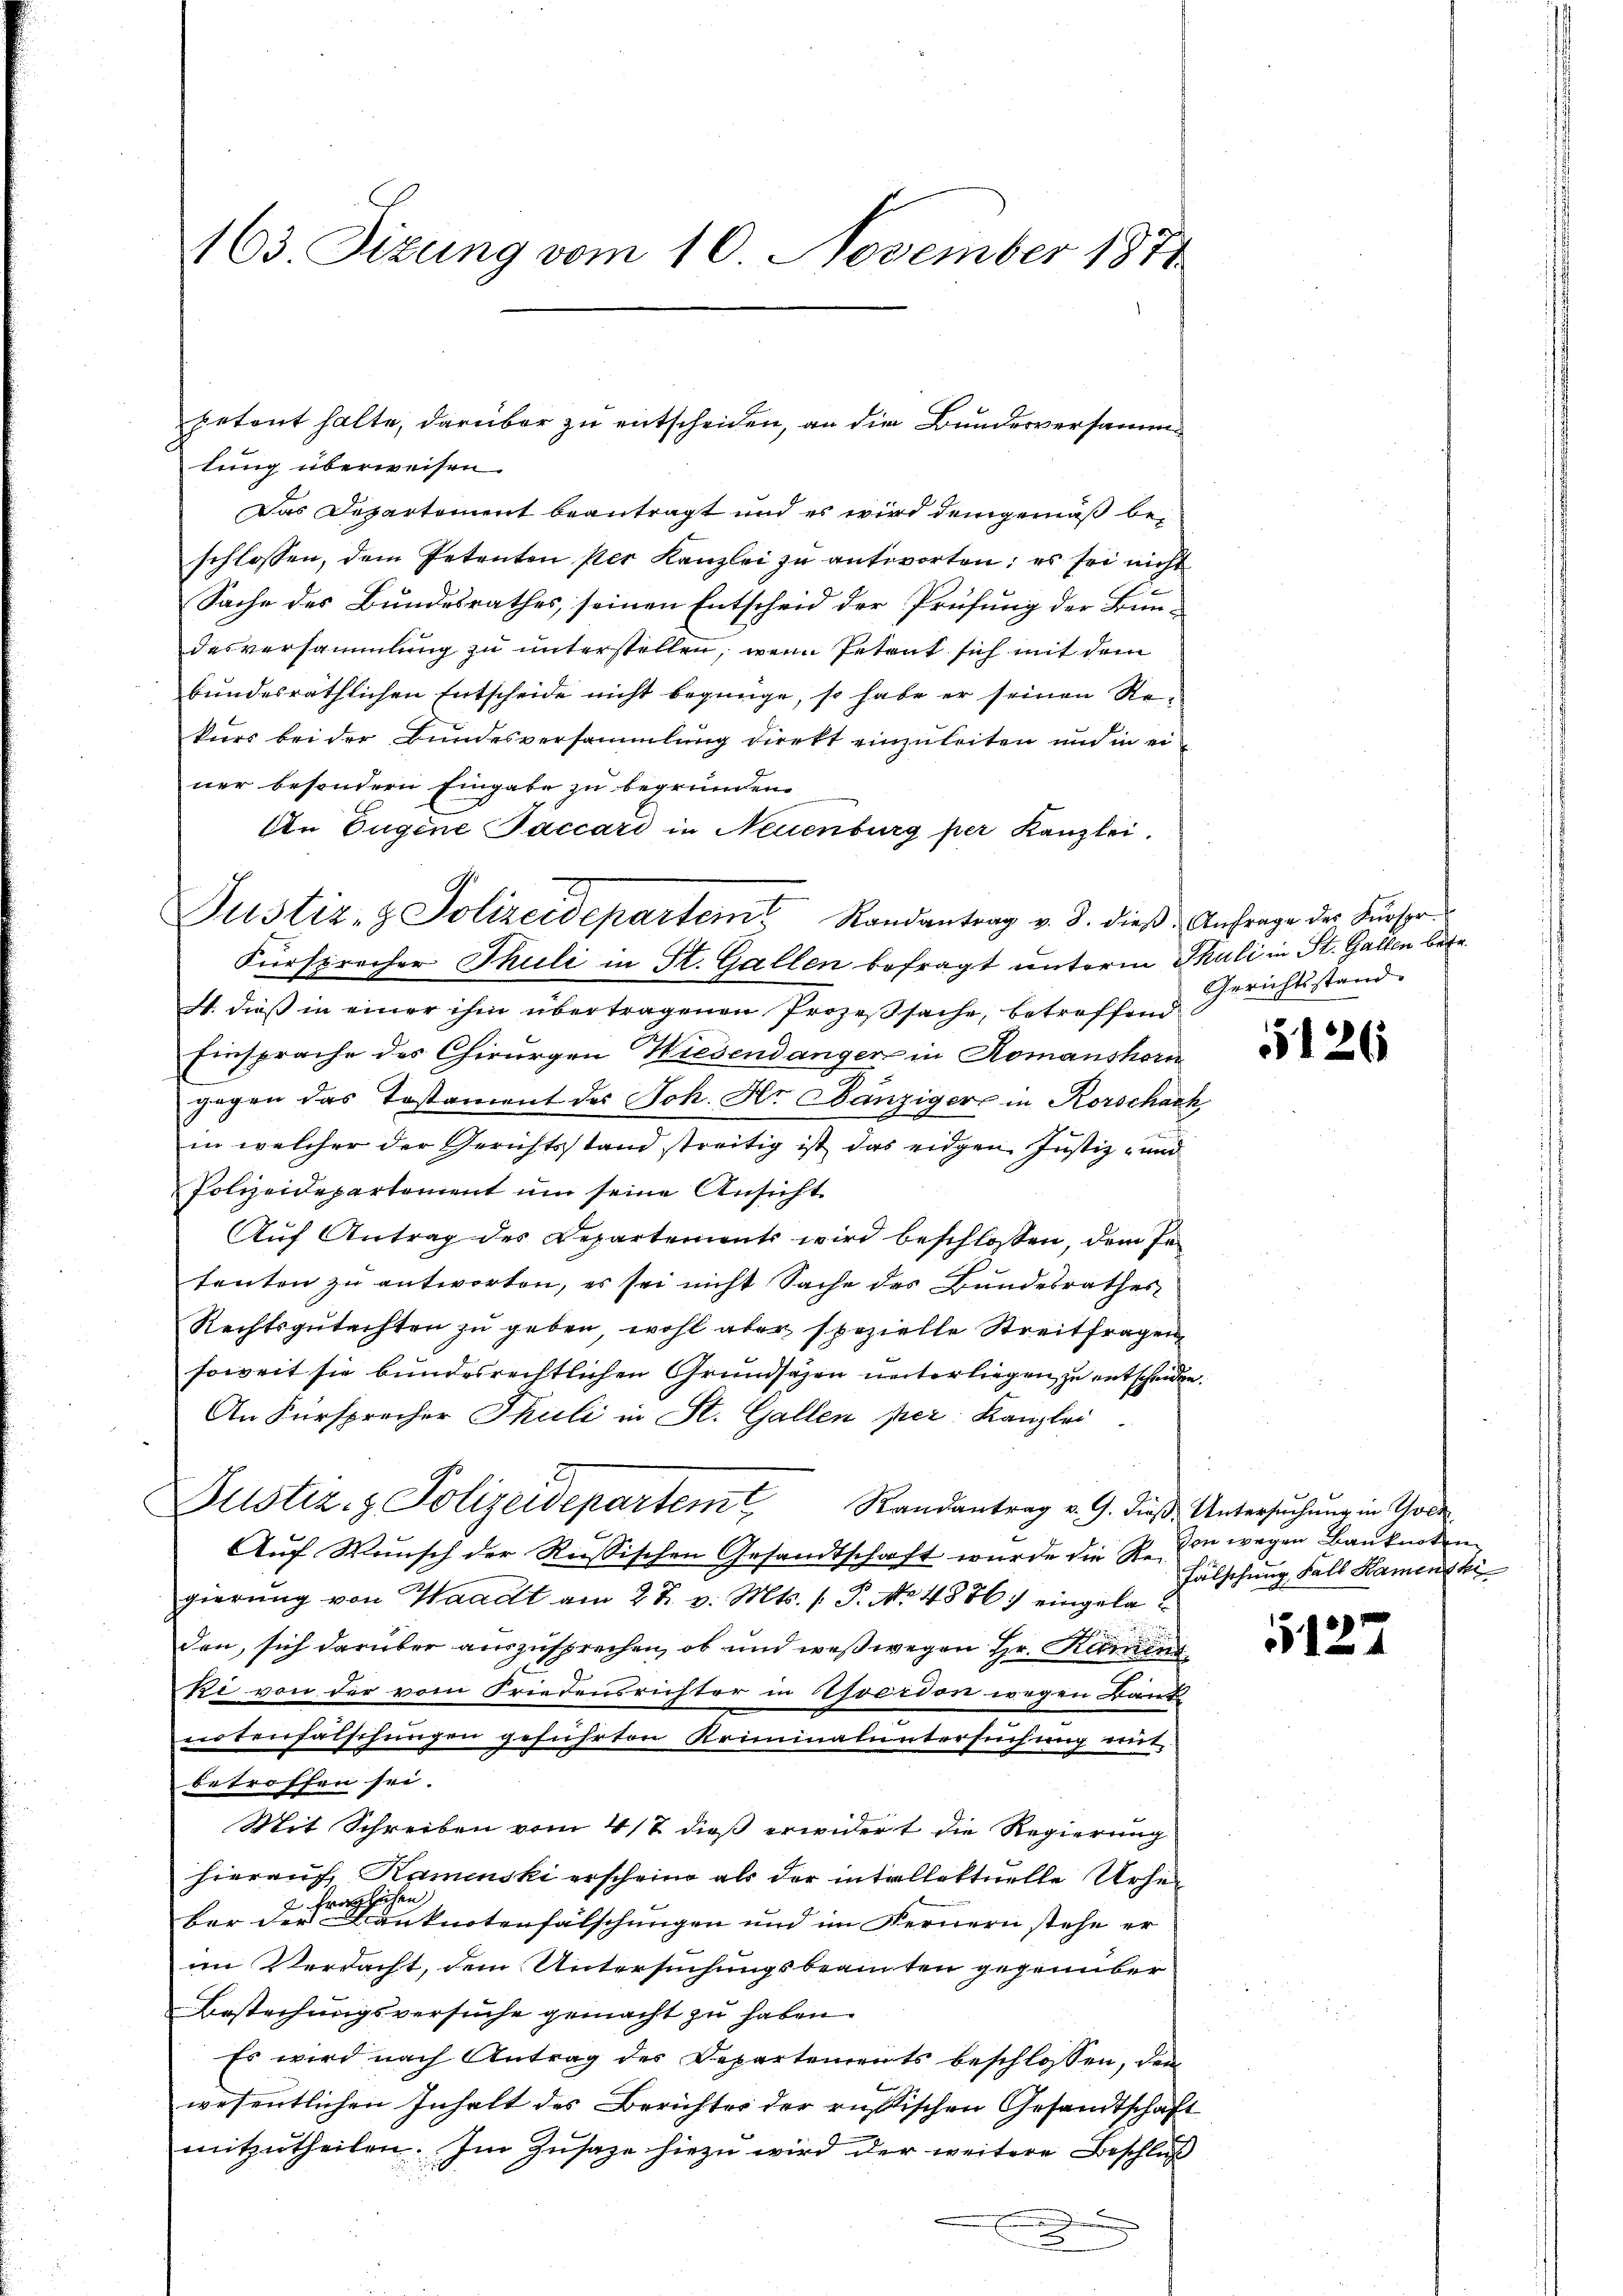
163. Sizung vom 10. November 1814.

petont halte, darüber zu entscheiden, an die Bundesversammlung überweisen.
Das Departement beantragt und es wird demgemäß bei
schlossen, dem Petenten per Kanzlei zu antworten; es sei nicht
Sache des Bundesrathes, seinen Entscheid der Prüfung der Bundesversammlung zu unterstellen, wenn Petent sich mit dem
bundesräthlichen Entscheide nicht begnüge, so habe er seinen Re-
kurs bei der Bundesversammlung direkt einzuleiten und in ei
ner besondern Eingabe zu begründen
An Eugene Paccari in Neuenburg per Kanzlei.
9
Justiz- & Polizeidepartem Randantrag v. 3. dieβ Anfrage der Fürspr.
Krersprecher Thuli in St. Gallen befragt unterm Thuli in St. Gallen betr.
W. dieß in einer ihm übertragenen Prozeßsache, betroffend
Einsprache des Chirurgen Wiesendanger in Romanshorn
gegen das Testament des Joh. Hr Bänzigers in Korschach
in welcher der Gerichtsstand streitig ist das eidgen Justiz- und
Polizeidepartement um seine Ansicht
Auf Antrag des Departements wird beschlossen, dem Petenten zu antworten, es sei nicht Sache des Bundesrathes
Rechtsgutachten zu geben, wohl aber spezielle Streitfragen
soweit sie bundesrechtlichen Grundsazen unterliegen zu entscheiden.
An Fürsprecher Thuli in St. Gallen per: Kanzlei
2.
Justiz- & Polizeidepartem Randantrag v. 9. dieβ, Untersŭchŭng in Goet
Auf Wunsch der Russischen Gesandtschaft wurde die Re-
gierung von Waadt am 27. v. Mts. 1. P. No 4556) eingeladen, sich darüber auszusprechen, ob und weswegen Hr. Kamins
Ri von der vom Friedensrichter in foerdon wegen Bank
notenfälschungen geführten Kriminaluntersuchung mit
betroffen sei.
Mit Schreiben vom 4/7 dieß erwidert die Regierung
hierauf Ramenski erscheine als der intellektuelle Urhe
bar der eine anknotenfälschungen und im Fernern stehe er
im Verdacht, dem Untersuchungsbeamten gegenüber
Bestechungsversuche gemacht zu haben.
Es wird nach Antrag der Departements beschlossen, dem
wesentlichen Inhalt des Berichtes der russischen Gesandtschaft
mitzutheilen. Im Zŭsaze hiezŭ wird der weitere Beschluß
.
x

Gerichtsstand.

5126

den wegen Banknoten
Fälschung Fall Namens kei

5122